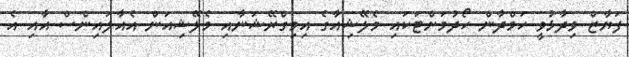
ފަޔާޒް ވިދާޅުވީ ހަމްދާން ހޯދުމަށްޓަކައި މެލޭޝިއާގެ އިމިގްރޭޝަނާއި މެލޭޝިއަން އެއާލައިންސް އާއި އެ